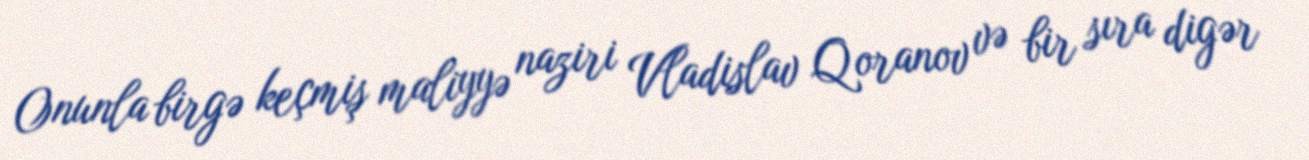
Onunla birgə keçmiş maliyyə naziri Vladislav Qoranov və bir sıra digər